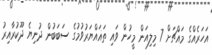
އަހަރެއްގެ މައްޗަށް 7 މިލިއަން މީހުން ވައި ތަޣައްޔަރުވުމުގެ ސަބަބުން ދުނިޔެ ދޫކުރާއިރު